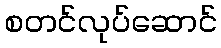
စတင်လုပ်ဆောင်